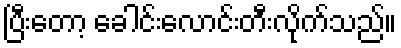
ပြီးတော့ ခေါင်းလောင်းတီးလိုက်သည်။